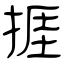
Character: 捱